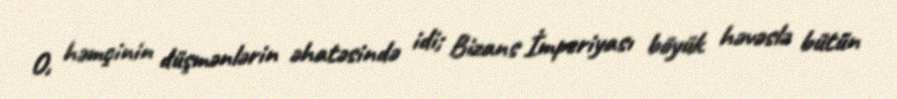
O, həmçinin düşmənlərin əhatəsində idi; Bizans İmperiyası böyük həvəslə bütün